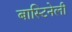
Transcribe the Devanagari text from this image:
बास्टिनेली